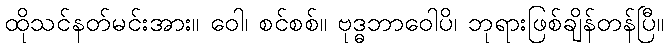
ထိုသင်နတ်မင်းအား။ ဝေါ၊ စင်စစ်။ ဗုဒ္ဓဘာဝေါပိ၊ ဘုရားဖြစ်ချိန်တန်ပြီ။